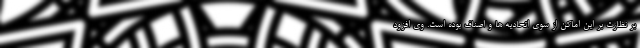
بر نظارت بر این اماکن از سوی اتحادیه ها و اصناف بوده است. وی افزود